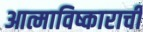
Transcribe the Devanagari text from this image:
आत्माविष्काराची